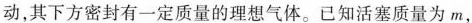
动，其下方密封有一定质量的理想气体。已知活塞质量为m，